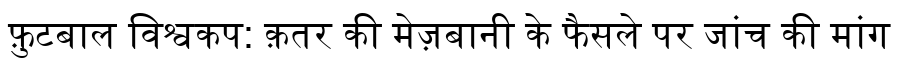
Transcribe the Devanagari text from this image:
फ़ुटबाल विश्वकप: क़तर की मेज़बानी के फैसले पर जांच की मांग